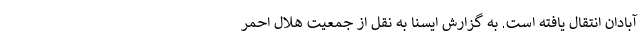
آبادان انتقال یافته است. به گزارش ایسنا به نقل از جمعیت هلال احمر